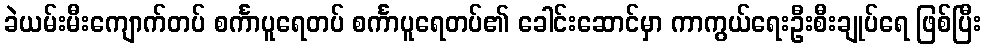
ခဲယမ်းမီးကျောက်တပ် စင်္ကာပူရေတပ် စင်္ကာပူရေတပ်၏ ခေါင်းဆောင်မှာ ကာကွယ်ရေးဦးစီးချုပ်ရေ ဖြစ်ပြီး